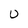
Character: 0